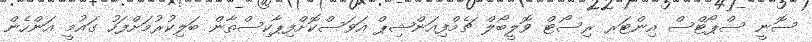
ސޮނީ ސްޕޯޓްސް އިންޓަރ ރިސޯޓް ވޮލީބޯލް ޗެމްފިއަންޝިޕް އަވަސްކޮށްފިޕާކިސްތާން ބަލިކުރުމަށްފަހު ގައުމީ އަންހެން